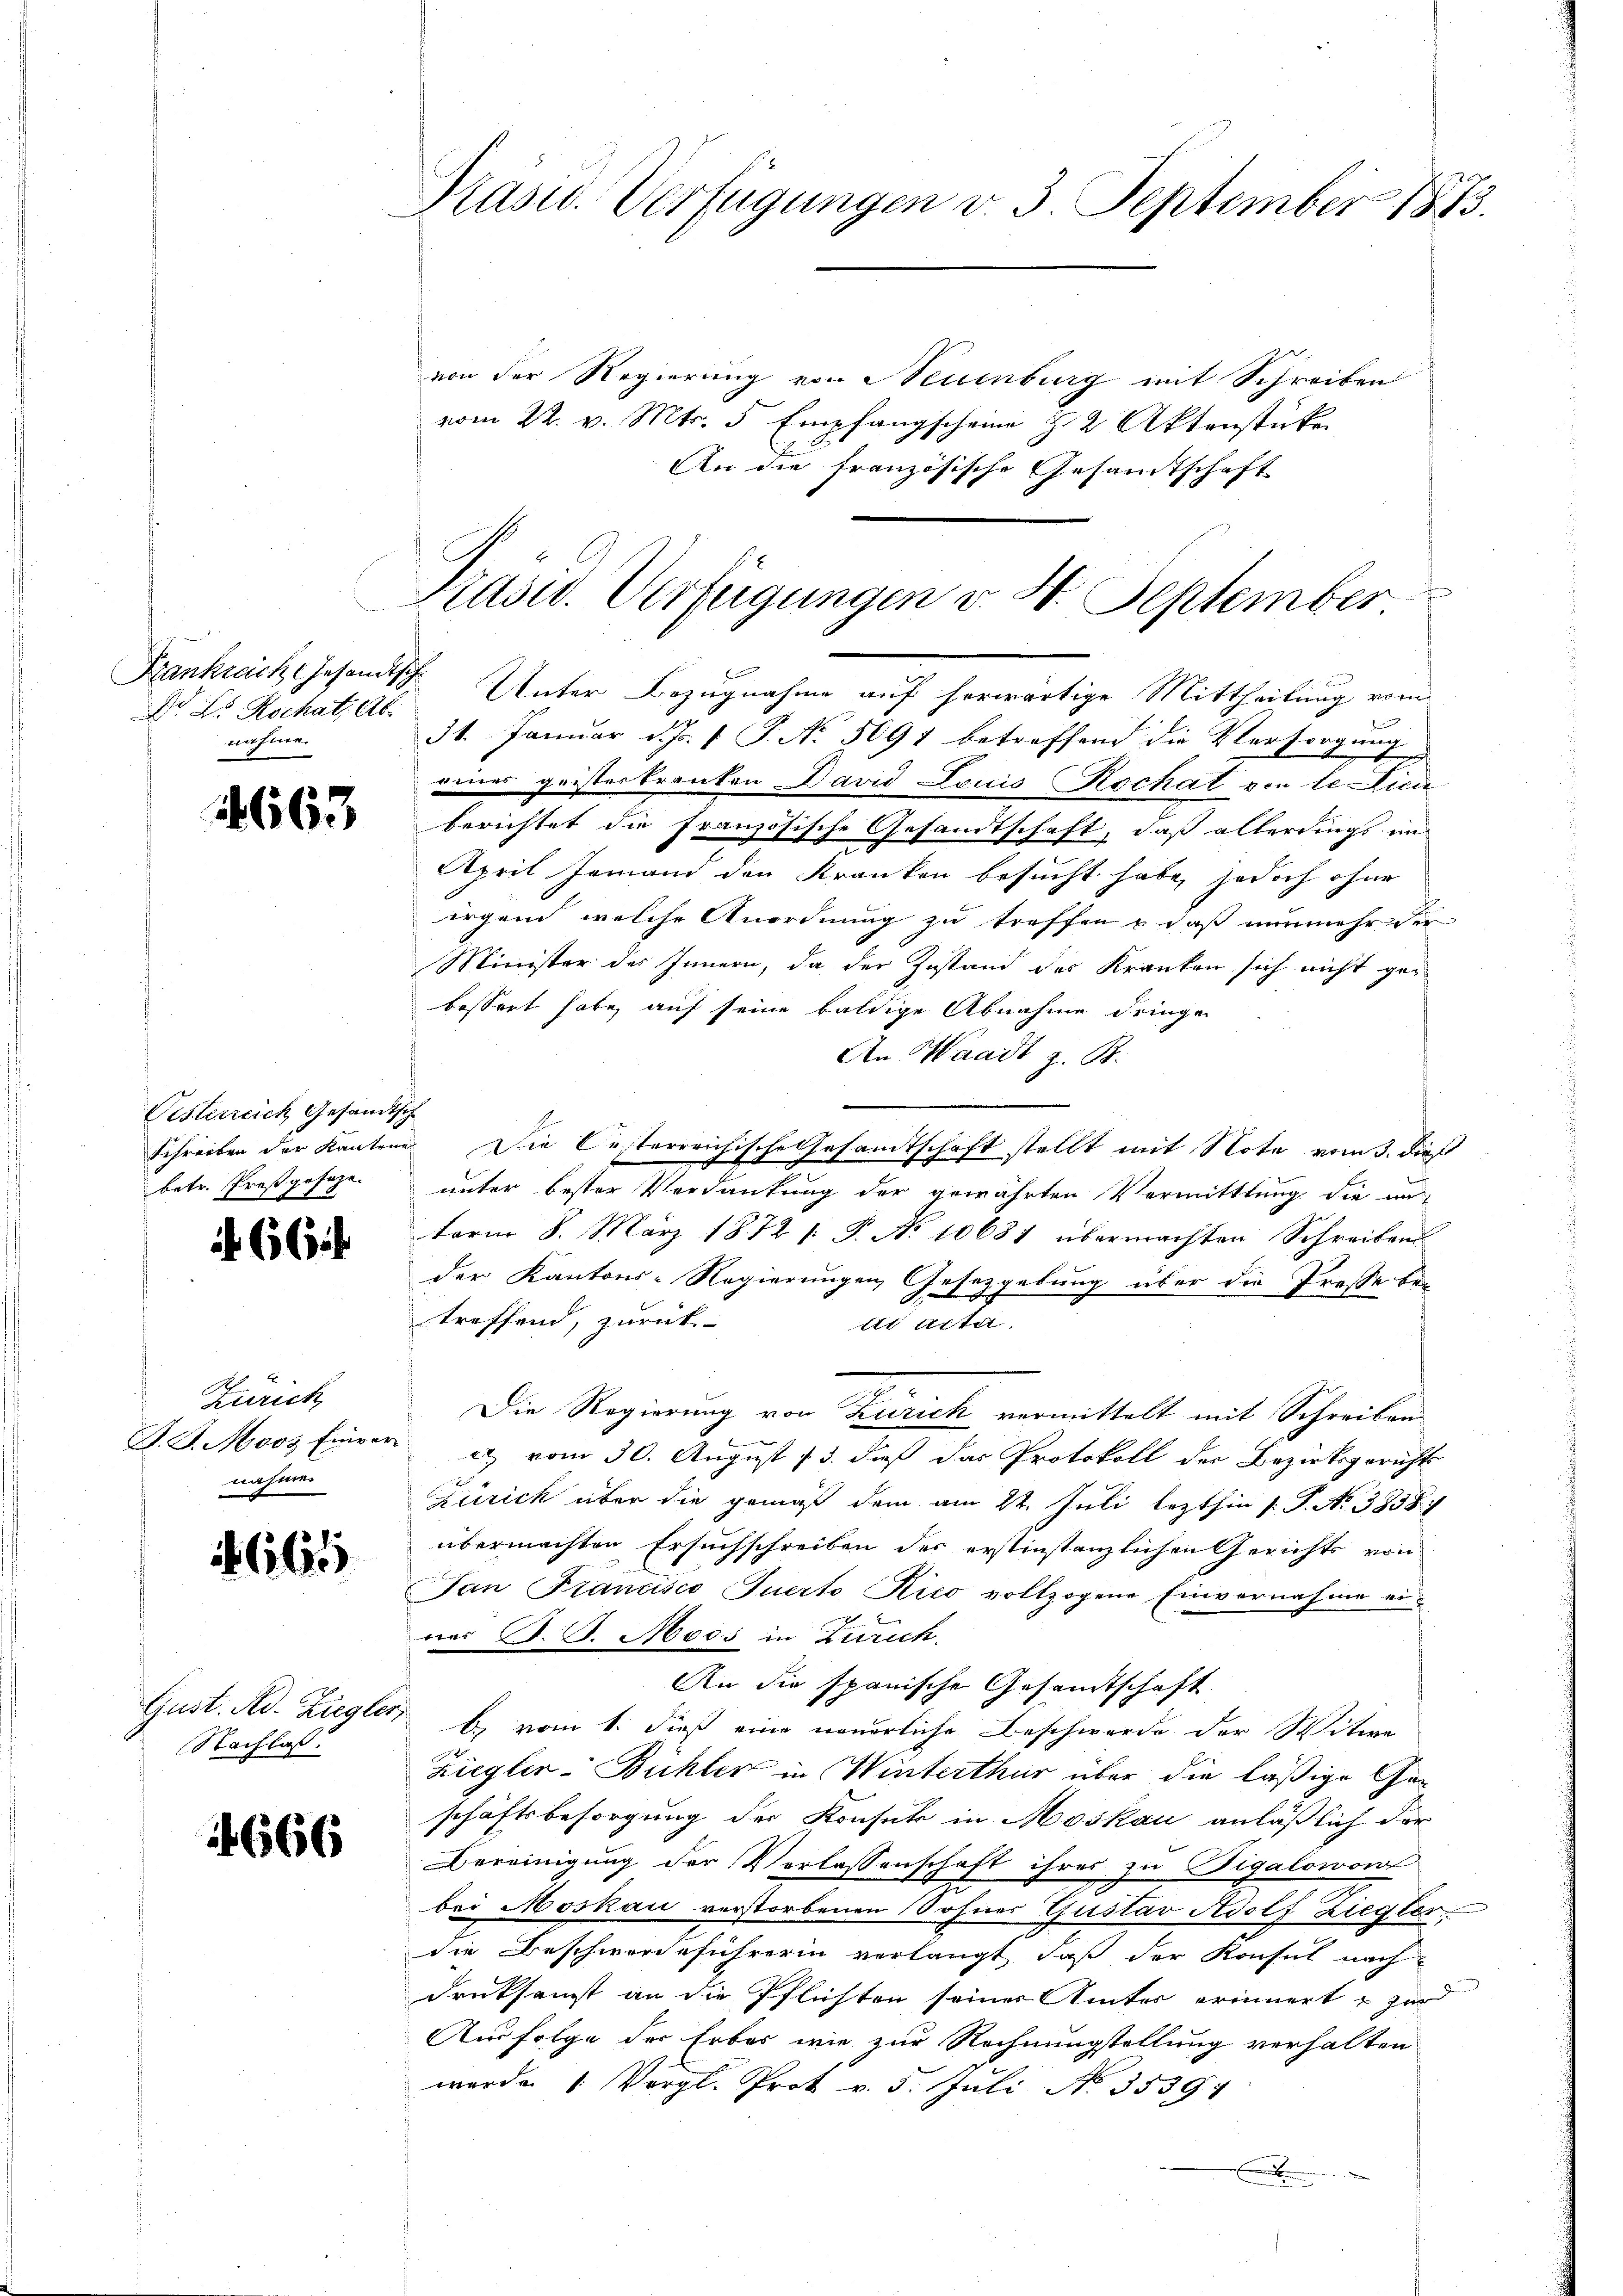
Frankreich Gesandtsch
Dr Dr. Rochatz ab.
nahme.

14663

Oesterreich Gesandtsch
betr. Preßgesage.

656

Zürich
nahmen

665

Nachlas

666

Präsid. Verfügungen v. 3. September 1873.

von der Regierung von Neuenburg mit Schreiben
vom 22. v. Mts. 5 Empfangscheine 22 Aktenstücke
An die französische Gesandtschaft

Prusw. Verfügungen v. H. September

Unter Bezugnahme auf herwärtige Mittheilung vom
d
31. Januar d. J. 1 S. No. 5091 betreffend die Versorgung
eines geisterkranken David Louis Rochat von le Lici
berichtet die französische Gesandtschaft, daß allerdings un
April jemand den Kranken besucht habe, jedoch ohne
irgend, welche Anordnung zu treffen, daß nunmehr der
Minister des Innern, da der Zustand des Kranken sich nicht ger
bessert habe, auf seine baldige Abnahme dringen
An Waadt z. B.
Schreiben der Kantone. Die Oesterreichische Gesamtschaft stellt mit Note vom 3. dieß
unter bester Verdankung der gewährten Vermittlung die un
term 8. März 1872 s. S. No 10681 übermachten Schreiben
der Kantons-Regierungen Gesetzgebung über die Presse bre
treffend, zurück-
t Acta,
Die Regierung von Zürich vermittelt mit Schreiben
f
F. J. Moos fierer  vom 30. August 13. daß das Protokoll der Bezirksgerichts
Zürich über die ging dem am 22. Juli lezthin 1 S. Nr. 3858/
übermachten Ersuchschreiben der erstinstanzlichen Gerichts von
San Francisco Juerto Kico vollzogene Einvernahme einer B. G. Moos in Zürich.
An die spanische Gesandtschaft
Gust. Ad. Ziegler, b) vom 1. dieß eine neuerliche Beschwerde der Witwe
Ziegler-Bühler in Winterthur über die läßige Geschäftsbesorgung der Konsek in Moskau anläßlich der
Bereinigung der Vorlassenschaft ihres zu Vigalowon
bei Moskau verstorbenen ohner Gustav Adolf Ziegler
die Beschwerdeführerin verlangt, daß der Konsul nach
Druksamst an die Pflichten seiner Ämter erinnert & zur
Ausfolge der Erbes wie zur Rechnungstellung verhalten
werde 1. Vergl. Prot v. 5. Juli No 35391
e